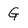
Character: G